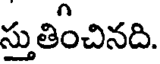
స్తుతించినది.